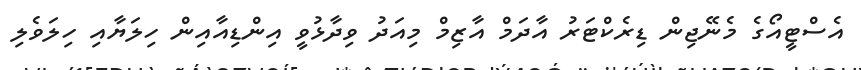
އެސްޓީއޯގެ މެނޭޖިން ޑިރެކްޓަރު އާދަމް އާޒިމް މިއަދު ވިދާޅުވީ އިންޑިއާއިން ހިލަޔާއި ހިލަވެލި